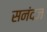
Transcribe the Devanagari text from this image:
सनंदज